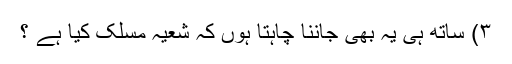
۳) ساتھ ہی یہ بھی جاننا چاہتا ہوں کہ شعیہ مسلک کیا ہے ؟